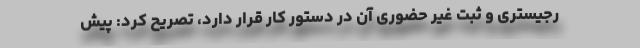
رجیستری و ثبت غیر حضوری آن در دستور کار قرار دارد، تصریح کرد: پیش